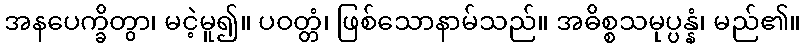
အနပေက္ခိတွာ၊ မငဲ့မူ၍။ ပဝတ္တံ၊ ဖြစ်သောနာမ်သည်။ အဓိစ္စသမုပ္ပန္နံ၊ မည်၏။